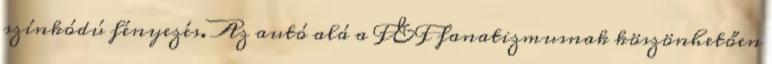
színkódú fényezés. Az autó alá a F&F fanatizmusnak köszönhetően